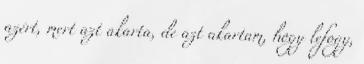
azért, mert azt akarta, de azt akartam, hogy lefogy,